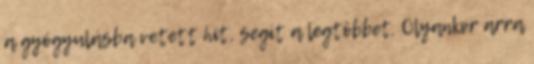
a gyógyulásba vetett hit, segít a legtöbbet. Olyankor arra